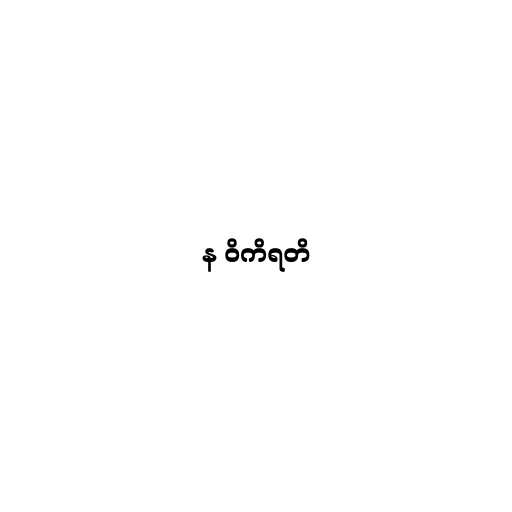
န ဝိကိရတိ